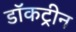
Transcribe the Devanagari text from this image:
डॉकट्रीन